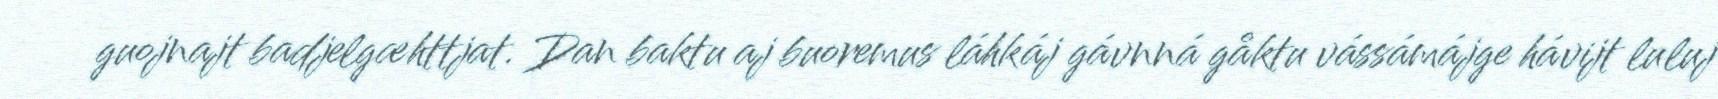
guojnajt badjelgæhttjat. Dan baktu aj buoremus láhkáj gávnná gåktu vássámájge hávijt luluj